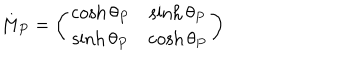
M _ { P } = \left( \begin{matrix} { { \cosh \theta _ { P } } } & { { \sinh \theta _ { P } } } \\ { { \sinh \theta _ { P } } } & { { \cosh \theta _ { P } } } \\ \end{matrix} \right)